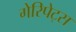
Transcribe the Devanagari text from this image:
गेरिपेट्स